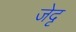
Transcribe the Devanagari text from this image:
जेदृ